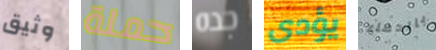
وثيق حملة جده يؤدى بالدماء